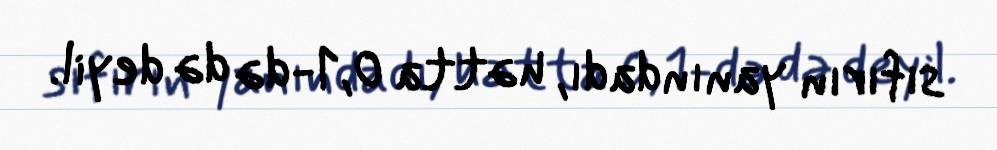
sıfırın yanındadı, hətta 0,1-də də deyil.